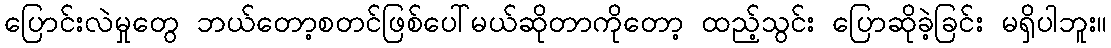
ပြောင်းလဲမှုတွေ ဘယ်တော့စတင်ဖြစ်ပေါ်မယ်ဆိုတာကိုတော့ ထည့်သွင်း ပြောဆိုခဲ့ခြင်း မရှိပါဘူး။